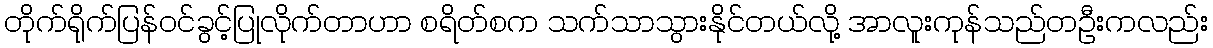
တိုက်ရိုက်ပြန်ဝင်ခွင့်ပြုလိုက်တာဟာ စရိတ်စက သက်သာသွားနိုင်တယ်လို့ အာလူးကုန်သည်တဦးကလည်း